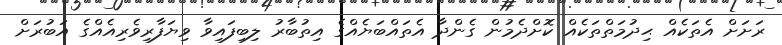
ރަށަށް އެތަކެއް ޙިދުމަތްތަކެއް ކޮށްދެމުން ގެންދާ އެތައްބަޔެއްގެ އިތުބާރު ލިބިފައިވާ ވިޔަފާރިވެރިއެއްގެ އަބުރަށް